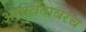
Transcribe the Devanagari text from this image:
आयुर्वेदावरच